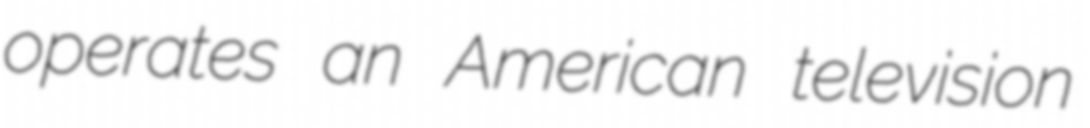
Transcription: operates an American television